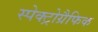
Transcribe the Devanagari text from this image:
स्पेक्ट्रोग्रैफिक